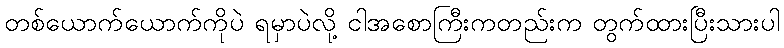
တစ်ယောက်ယောက်ကိုပဲ ရမှာပဲလို့ ငါအစောကြီးကတည်းက တွက်ထားပြီးသားပါ